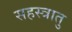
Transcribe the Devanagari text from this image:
सहस्त्रातु